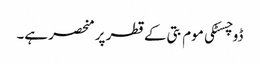
ڈوچسٹکی موم بتی کے قطر پر منحصر ہے۔